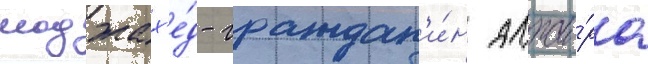
моджах'е́д - граждан'и́н алжи́ра